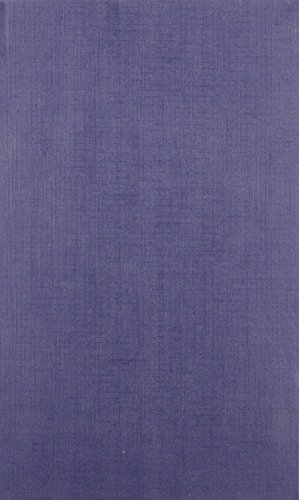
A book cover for All England Law Reports 1996: Vol 3; Law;